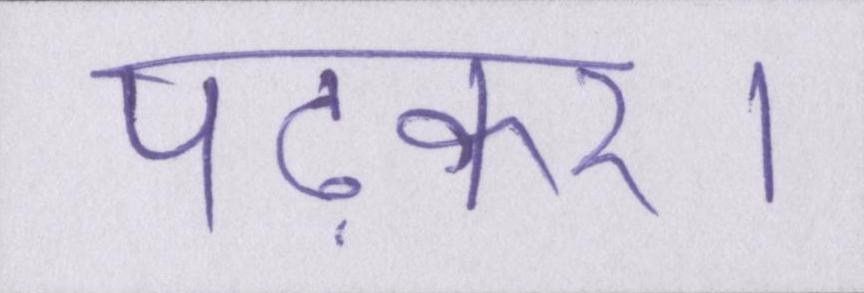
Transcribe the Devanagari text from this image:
पढ़कर।